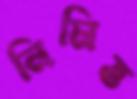
নিমিত্ত